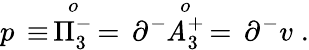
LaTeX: p\, \equiv\, \stackrel{o}{\Pi_{3}^{-}}\, =\, \partial^{-}\! \! \stackrel{o}{\mathit{A}_{3}^{+}}\, =\, \partial^{-}v\; .